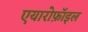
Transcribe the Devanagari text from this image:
एयारोफ़ॉइल